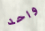
واحد